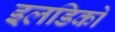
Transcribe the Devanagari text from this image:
इलडिको